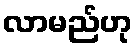
လာမည်ဟု